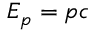
E _ { p } = p c